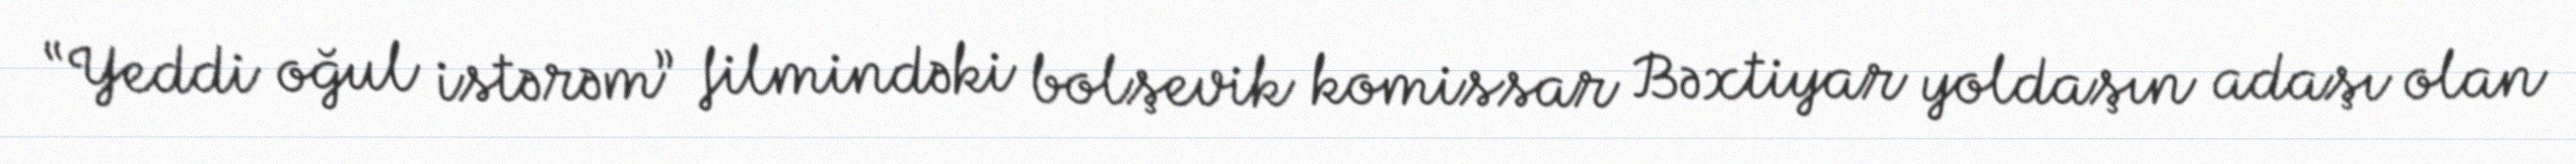
“Yeddi oğul istərəm” filmindəki bolşevik komissar Bəxtiyar yoldaşın adaşı olan